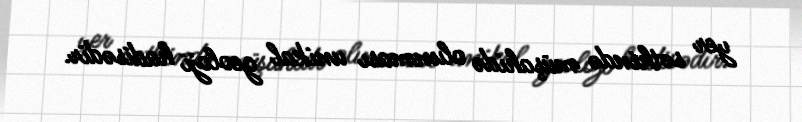
yer səthində müşahidə olunması unikal geoloji hadisədir.